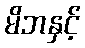
မိဘနှင့်